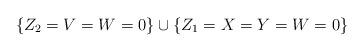
LaTeX: \begin{align*}\{Z_2=V=W=0\} \cup \{Z_1=X=Y=W=0\}\end{align*}